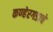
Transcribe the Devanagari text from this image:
कण्हेरगडाचे